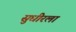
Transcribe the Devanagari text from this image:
सुधीरला